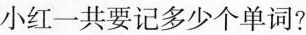
小红一共要记多少个单词?